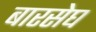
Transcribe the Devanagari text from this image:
बारसेघ